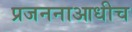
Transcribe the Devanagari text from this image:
प्रजननाआधीच